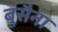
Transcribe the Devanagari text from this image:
बुसैना